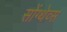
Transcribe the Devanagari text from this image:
सोंग्थेव्स